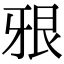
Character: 㸧